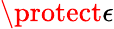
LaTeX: \protect\epsilon